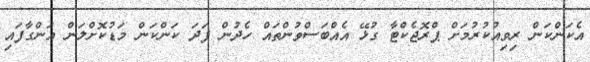
އެކަންކަން ރިވިއުކުރުމަށް ޕްރޮޖެކްޓާ ގުޅޭ އެއްބަސްވުންތައް ހެދުން ފަދަ ކަންކަން މަޑުކޮށްލަން އަންގާފައި